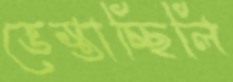
ভেস্তাচ্ছিলি